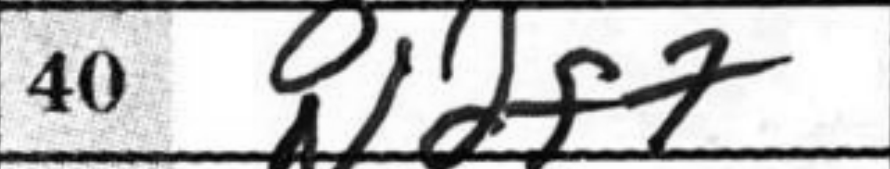
Transcription: Ndf7